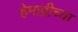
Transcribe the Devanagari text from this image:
हेमाद्रीच्या